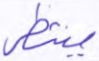
ينتظر